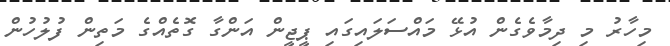
މިހާރު މި ދިމާވެގެން އުޅޭ މައްސަލައިގައި ޕީޖީން އަންގާ ގޮތެއްގެ މަތިން ފުލުހުން